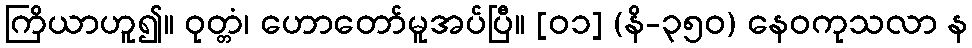
ကြိယာဟူ၍။ ဝုတ္တံ၊ ဟောတော်မူအပ်ပြီ။ [၀၁] (နိ-၃၅၀) နေဝကုသလာ န